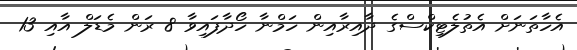
އެހާތަނަށް އެތުލެޓިކްސްގެ ދާއިރާއިން ހަމްނާ ހޯދާފައިވާ 8 ރަން މެޑަލް އާއި 13